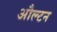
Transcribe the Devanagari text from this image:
औल्टन